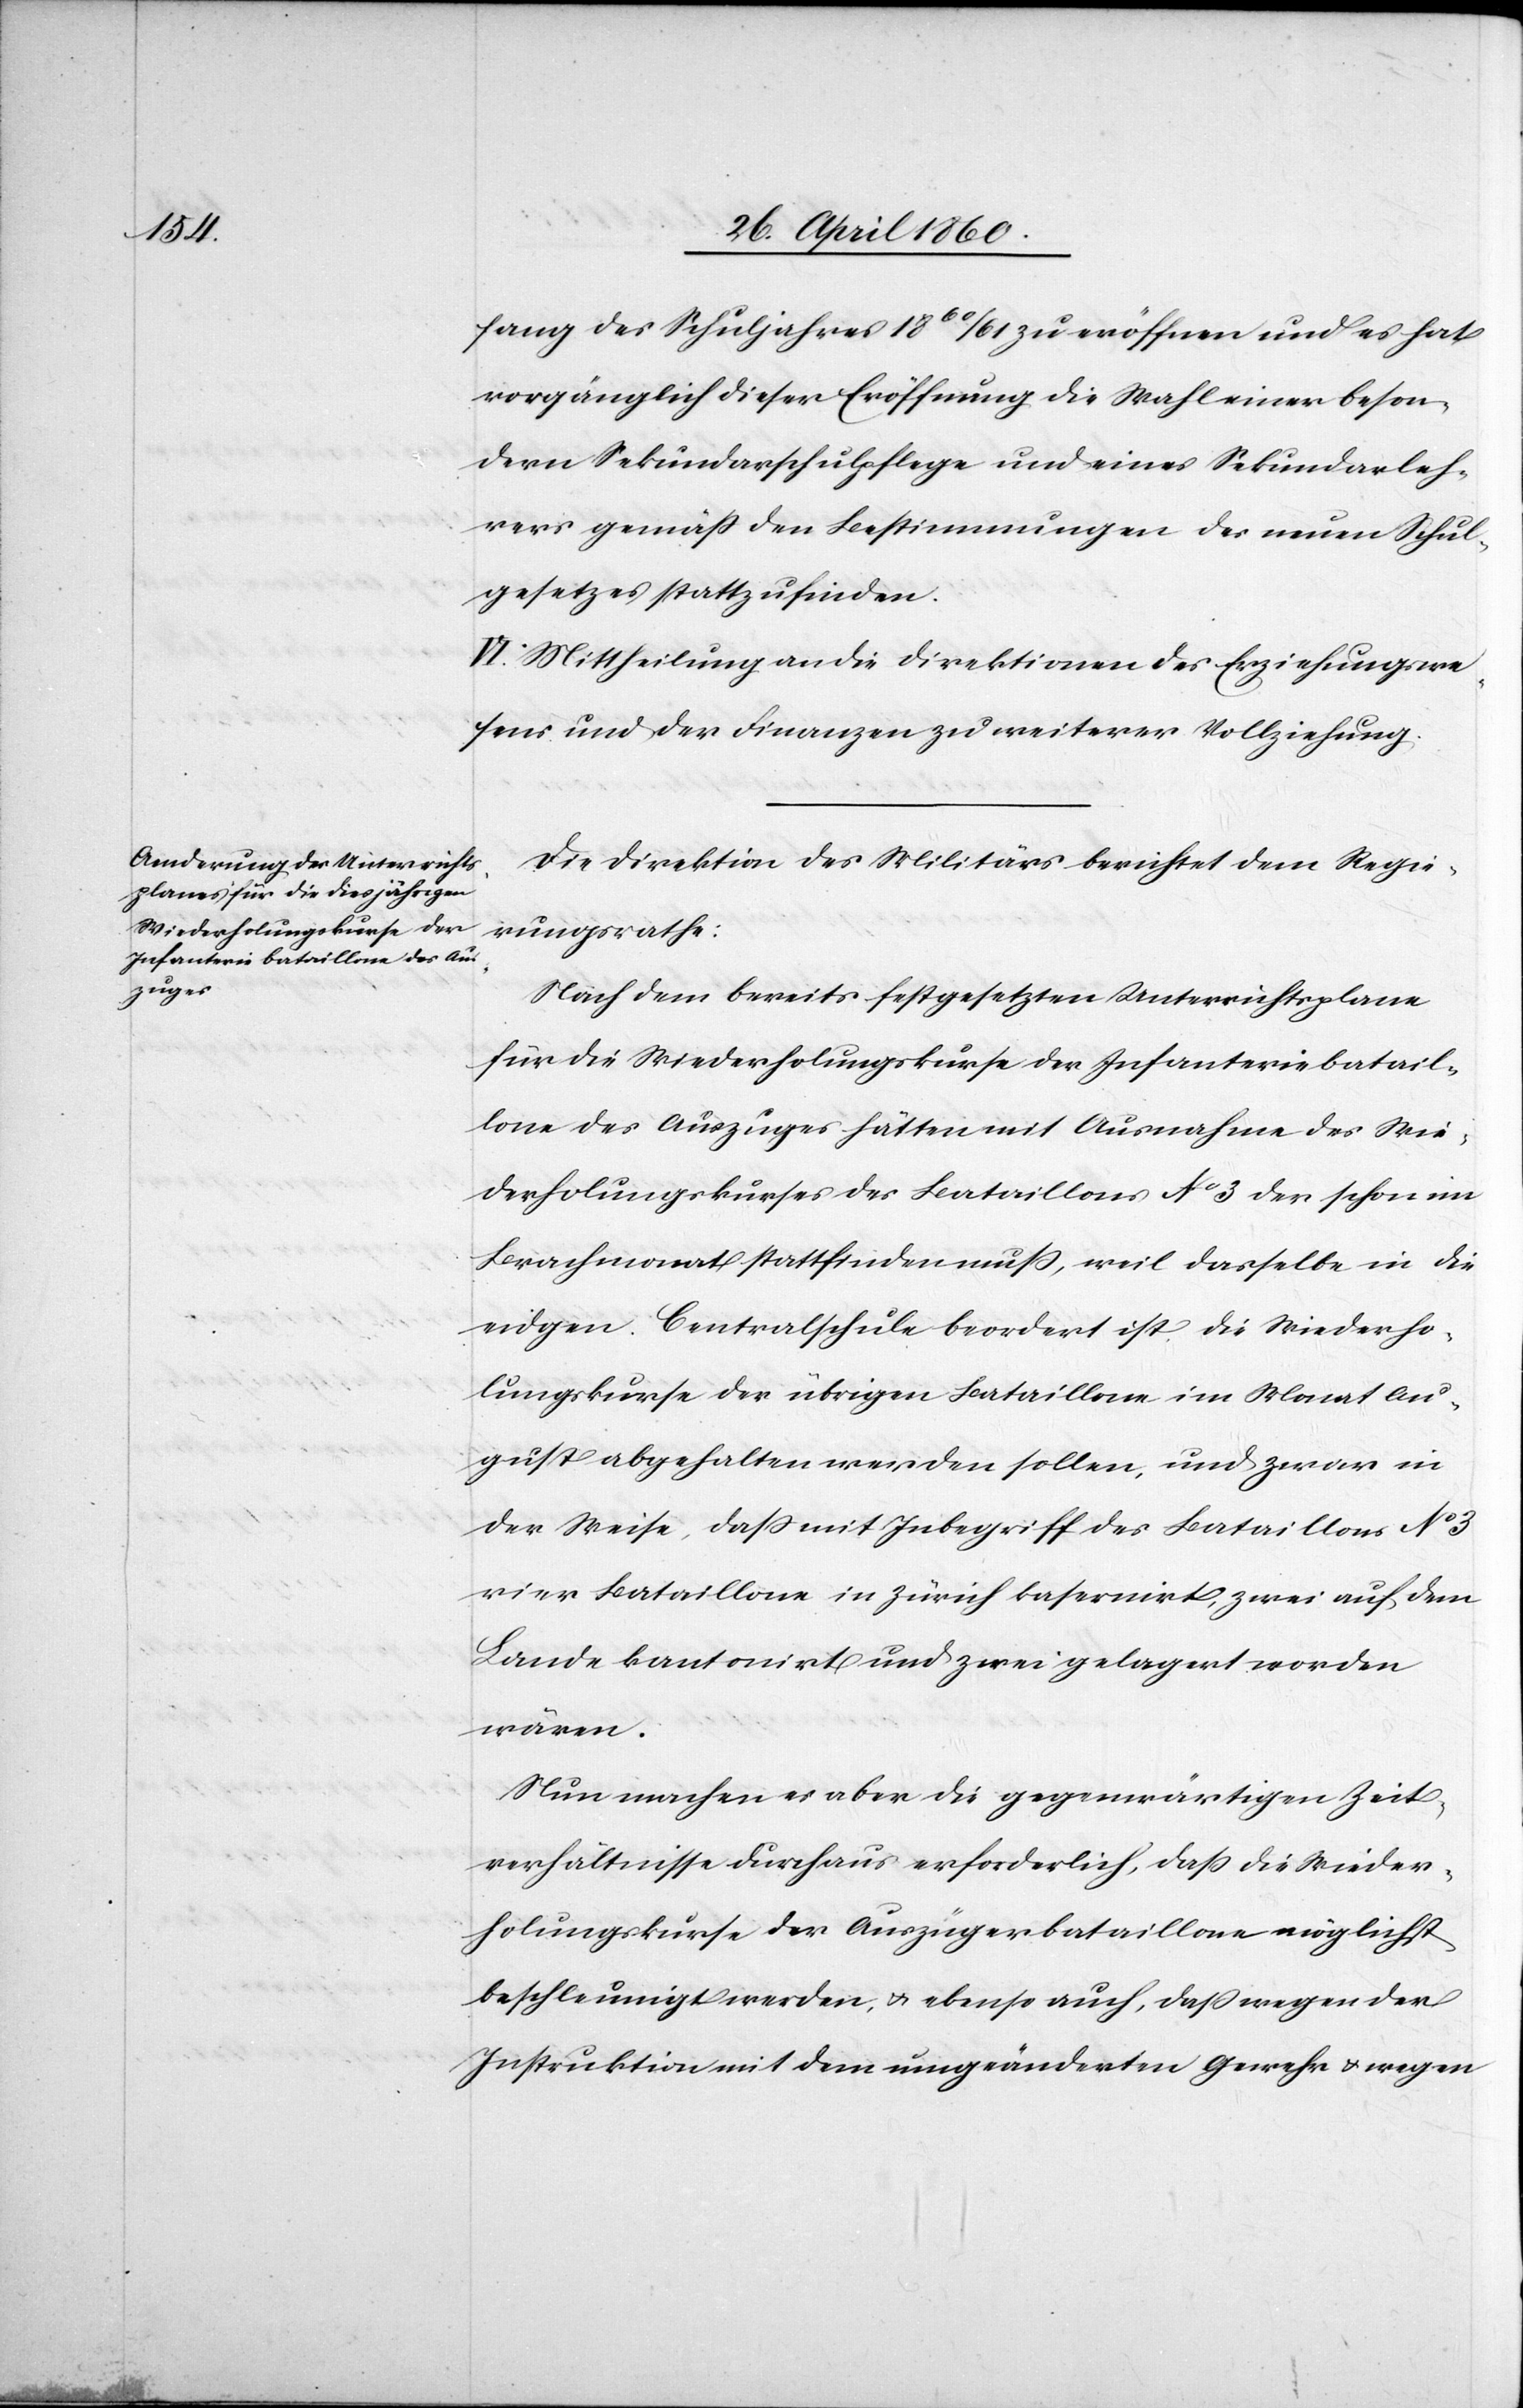
fang des Schuljahres 1860/61 zu eröffnen und es hat
vorgänglich dieser Eröffnung die Wahl einer beson¬
dern Sekundarschulpflege und eines Sekundarleh¬
rers gemäss den Bestimmungen des neuen Schul¬
gesetzes statt zu finden.
VI. Mittheilung an die Direktionen des Erziehungswe¬
sens und der Finanzen zu weiterer Vollziehung.
Die Direktion des Militärs berichtet dem Regie¬
rungsrathe:
Nach dem bereits festgesetzten Unterrichtsplane
für die Wiederholungskurse der Infanteriebatail¬
lone des Auszuges hätten mit Ausnahme des Wie¬
derholungskurses des Bataillons No 3 der schon im
Brachmonat stattfinden muss, wie dasselbe in die
eidgen. Centralschule beordert ist. Die Wiederho¬
lungskurse der übrigen Bataillone im Monat Au¬
gust abgehalten werden sollen, und zwar in
der Weise, dass mit Inbegriff des Bataillons No 3
vier Bataillone in Zürich kasernirt, zwei auf dem
Lande kantonirt und zwei gelagert worden
wären.
Nun machen es aber die gegenwärtigen Zeit¬
verhältnisse durchaus erforderlich, daß die Wieder¬
holungskurse der Auszügerbataillone möglichst
beschleunigt werden u. ebenso auch, dass wegen der
Instruktion mit dem umgeänderten Gewehr u. wegen